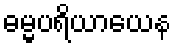
ဓမ္မပရိယာယေန